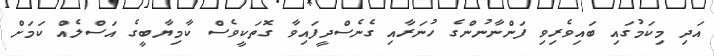
އަދި މިކަމުގައި ބައިވެރިވި ފަންނާނުންގެ ހުނަރާއި ގެނެސްދީފައިވާ ގޮތަކީވެސް ކާމިޔާބީގެ އަސްލެއް ކަމަށް